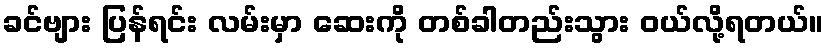
ခင်ဗျား ပြန်ရင်း လမ်းမှာ ဆေးကို တစ်ခါတည်းသွား ဝယ်လို့ရတယ်။